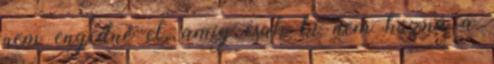
nem engedné el, amíg csak ki nem húzná a